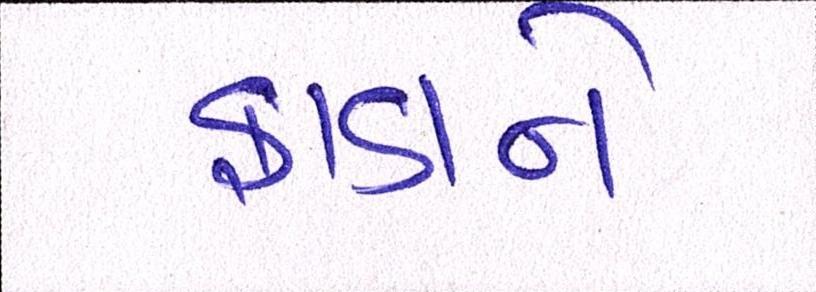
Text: ફાડાને